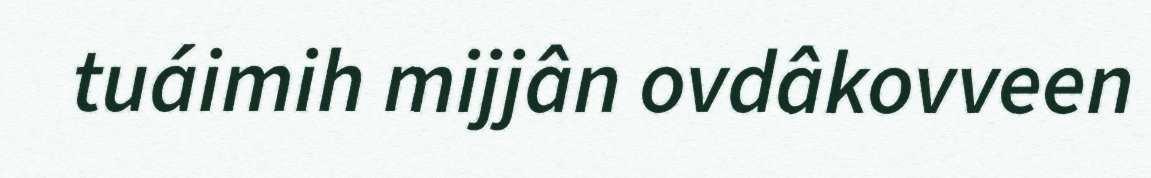
tuáimih mijjân ovdâkovveen